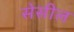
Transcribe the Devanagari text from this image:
सेसील